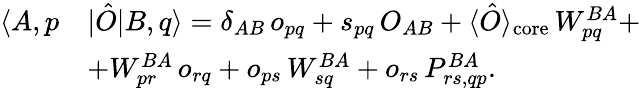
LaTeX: \begin{array}{rl}{\langle A,p}&{|\hat{O}|B,q\rangle=\delta_{AB}\, o_{pq}+s_{pq}\, O_{AB}+\langle\hat{O}\rangle_{\mathrm{core}}\, W_{pq}^{BA}+}\\ &{+W_{pr}^{BA}\, o_{rq}+o_{ps}\, W_{sq}^{BA}+o_{rs}\, P_{rs,qp}^{BA}.}\end{array}